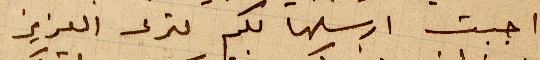
أحببت أرسلها لكك لترى العزيز